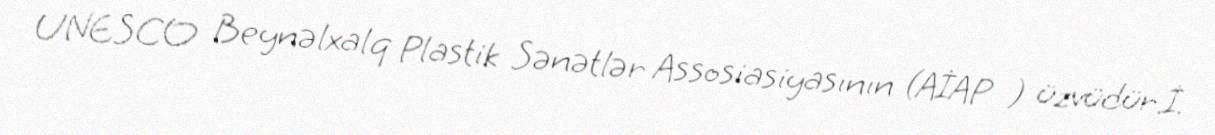
UNESCO Beynəlxalq Plastik Sənətlər Assosiasiyasının (AİAP ) üzvüdür.İ.